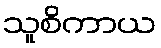
သူစိကာယ